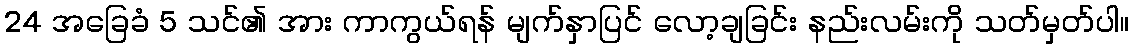
24 အခြေခံ 5 သင်၏ အား ကာကွယ်ရန် မျက်နှာပြင် လော့ချခြင်း နည်းလမ်းကို သတ်မှတ်ပါ။